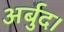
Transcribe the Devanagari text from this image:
अर्बुद।